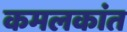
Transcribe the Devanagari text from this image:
कमलकांत